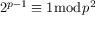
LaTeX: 2 ^ { p - 1 } \equiv 1 { \bmod { p ^ { 2 } } }